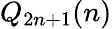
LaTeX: Q_{2n+1}(n)